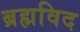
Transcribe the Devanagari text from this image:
ब्रह्मविद